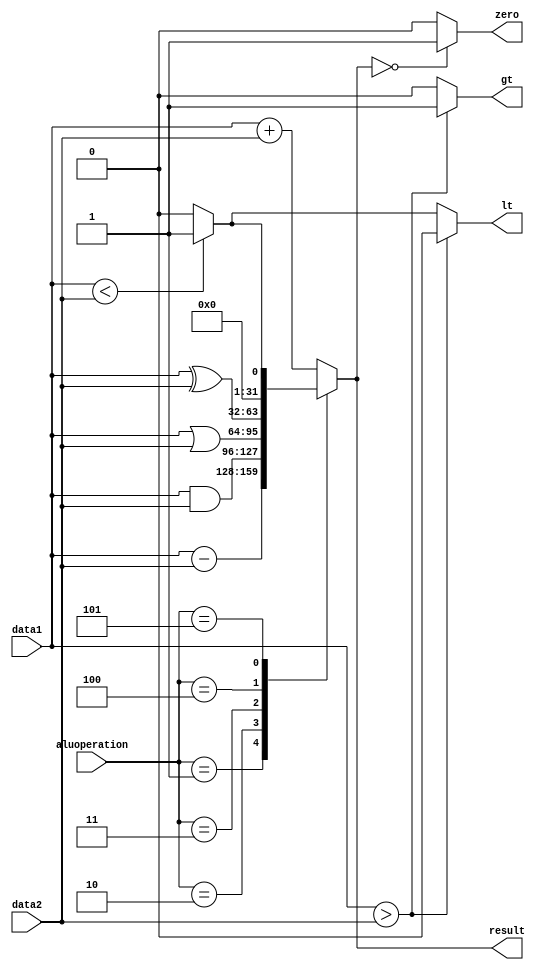
module ALU(input [31:0] data1, data2,input [3:0] aluoperation, output reg [31:0] result, output reg zero, lt, gt);

  always@(aluoperation, data1, data2)
  begin
    case (aluoperation)
      4'b0000 : result = data1 + data2; // ADD
      4'b0001 : result = data1 - data2; // SUB
      4'b0010 : result = data1 & data2; // AND
      4'b0011 : result = data1 | data2; // OR
      4'b0100 : result = data1 ^ data2; // XOR
      4'b0101 : begin                   // SLT
                  if (data1 < data2)
                    begin
                      result = 32'b1;
                    end
                  else
                    begin
                      result = 32'b0;
                    end
                end
      default : result = data1 + data2; // ADD
    endcase
    
    if (data1 > data2)
      begin
       gt = 1'b1;
       lt = 1'b0; 
      end
    else if (data1 < data2)
      begin
       gt = 1'b0;
       lt = 1'b1;
    end
    else
      begin
        gt = 1'b0;
        lt = 1'b0;
    end
      
    if (result == 32'b00000000000000000000000000000000)
      zero = 1'b1;
    else zero=1'b0;
     
  end
  

endmodule

// module alu_testbench;
  
//   reg [31:0] d1,d2;  /* d1 = data1, d2 = data2 */
//   reg [3:0] aluop;   /* aluop = aluoperation */
  
//   wire [31:0] r; /* r = result */
//   wire gt,lt,z; /* z = zero */
  
//   ALU u0(d1, d2, aluop, r, z, lt, gt);
  
//   initial begin
    
//     #5
//     d1 = 32'd1;
//     d2 = 32'd2;
//     aluop = 4'b0000;
    
//     #20
//     aluop = 4'b0011;

//     #20
//     aluop = 4'b0001;

//     #20
//     aluop = 4'b0010;

//     #20
//     aluop = 4'b0100;

//     #20
//     aluop = 4'b0101;
//   end
  
//   initial repeat(1000)#2 d1=d1+1;
  
// endmodule